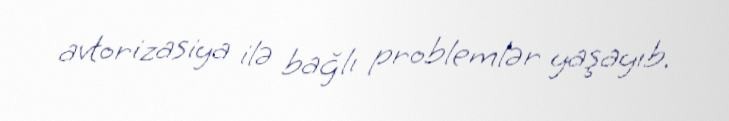
avtorizasiya ilə bağlı problemlər yaşayıb.